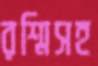
রশ্মিসহ